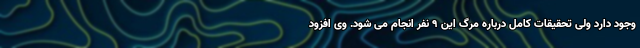
وجود دارد ولی تحقیقات کامل درباره مرگ این ۹ نفر انجام می شود. وی افزود